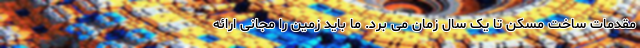
مقدمات ساخت مسکن تا یک سال زمان می برد. ما باید زمین را مجانی ارائه